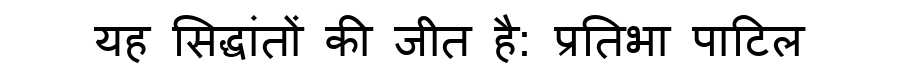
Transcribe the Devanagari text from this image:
यह सिद्धांतों की जीत है: प्रतिभा पाटिल